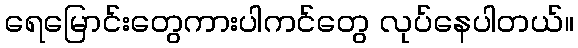
ရေမြောင်းတွေကားပါကင်တွေ လုပ်နေပါတယ်။